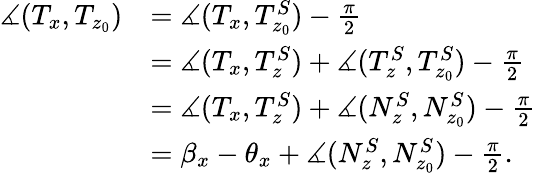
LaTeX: \begin{array}{rl}{\measuredangle(T_{x},T_{z_{0}})}&{=\measuredangle(T_{x},T_{z_{0}}^{S})-\frac{\pi}{2}}\\ &{=\measuredangle(T_{x},T_{z}^{S})+\measuredangle(T_{z}^{S},T_{z_{0}}^{S})-\frac{\pi}{2}}\\ &{=\measuredangle(T_{x},T_{z}^{S})+\measuredangle(N_{z}^{S},N_{z_{0}}^{S})-\frac{\pi}{2}}\\ &{=\beta_{x}-\theta_{x}+\measuredangle(N_{z}^{S},N_{z_{0}}^{S})-\frac{\pi}{2}.}\end{array}